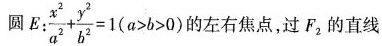
圆E:$$\frac { x ^ { 2 } } { a ^ { 2 } } + \frac { y ^ { 2 } } { b ^ { 2 } } =